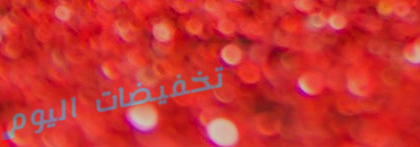
تخفيضات اليوم